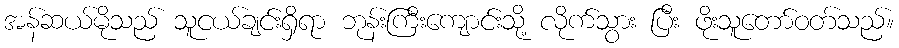
အန်ဆယ်မိုသည် သူငယ်ချင်းရှိရာ ဘုန်းကြီးကျောင်းသို့ လိုက်သွား ပြီး ဖိုးသူတော်ဝတ်သည်။